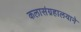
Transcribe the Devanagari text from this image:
कलासंग्रहालयाने